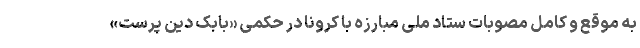
به موقع و کامل مصوبات ستاد ملی مبارزه با کرونا در حکمی «بابک دین پرست»